Scottish Certificate of Education, 1963
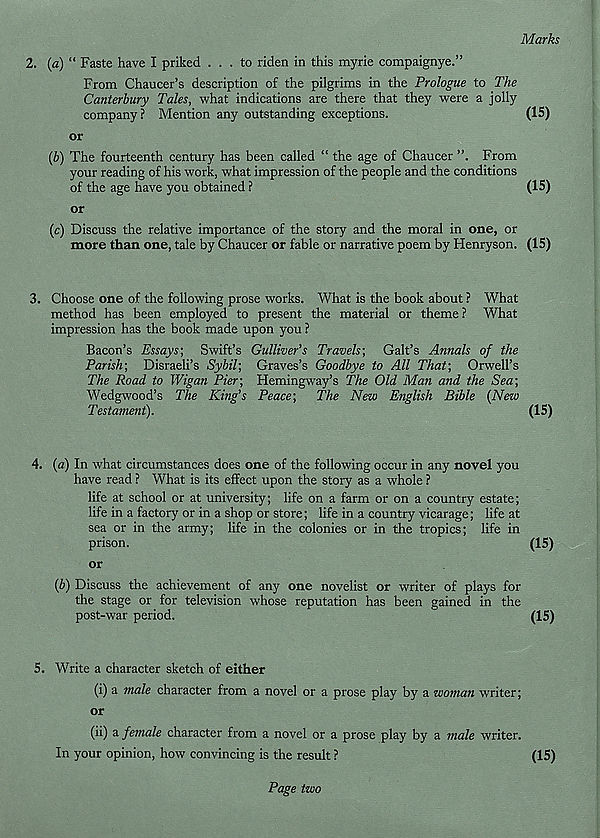
Marks
2.
(a) “ Paste have I priked ... to riden in this myrie compaignye.”
From Chaucer’s description of the pilgrims in the Prologue to The
Canterbury Tales, what indications are there that they were a jolly
company? Mention any outstanding exceptions.
(15)
or
{b) The fourteenth century has been called “ the age of Chaucer ”. From
your reading of his work, what impression of the people and the conditions
of the age have you obtained ?
(15)
or
(c) Discuss the relative importance of the story and the moral in one, or
more than one, tale by Chaucer or fable or narrative poem by Henryson. (15)
3.
Choose one of the following prose works. What is the book about ? What
method has been employed to present the material or theme ? What
impression has the book made upon you ?
Bacon’s Essays; Swift’s Gulliver’s Travels; Galt’s Annals of the
Parish; Disraeli’s Sybil; Graves’s Goodbye to All That; Orwell’s
The Road to Wigan Pier; Hemingway’s The Old Man and the Sea;
Wedgwood’s The King’s Peace;
The New English Bible (New
Testament).
(15)
4.
(a) In what circumstances does one of the following occur in any novel you
have read ? What is its effect upon the story as a whole ?
life at school or at university; life on a farm or on a country estate;
life in a factory or in a shop or store; life in a country vicarage; life at
sea or in the army; life in the colonies or in the tropics; life in
prison.
(15)
or
(6) Discuss the achievement of any one novelist or writer of plays for
the stage or for television whose reputation has been gained in the
post-war period.
(15)
5.
Write a character sketch of either
(i) a male character from a novel or a prose play by a woman writer;
or
(ii) a female character from a novel or a prose play by a male writer.
In your opinion, how convincing is the result ?
(15)
Page two